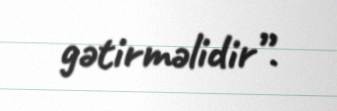
gətirməlidir”.